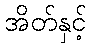
အိတ်နှင့်